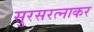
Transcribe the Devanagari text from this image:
सुरसरत्नाकर